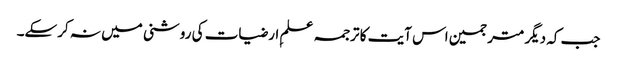
جب کہ دیگر مترجمین اس آیت کا ترجمہ علمِ ارضیات کی روشنی میں نہ کرسکے۔